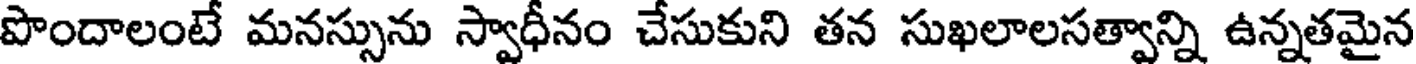
పొందాలంటే మనస్సును స్వాధీనం చేసుకుని తన సుఖలాలసత్వాన్ని ఉన్నతమైన